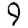
Digit: 9